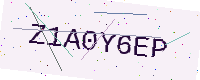
Text: Z1A0Y6EP